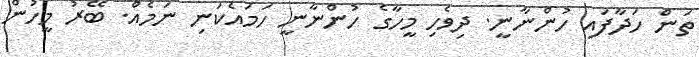
ތަން ހަދާފައި ހުންނާނީ. ދިވެހި މީހާގެ ހުންނާނީ ހަމައެކަނި ނަމެއް. ބޭރު މީހުން